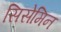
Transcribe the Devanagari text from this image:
सिसेमिन